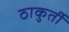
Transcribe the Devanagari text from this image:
ठाकुर्ती